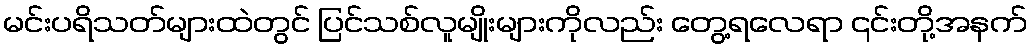
မင်းပရိသတ်များထဲတွင် ပြင်သစ်လူမျိုးများကိုလည်း တွေ့ရလေရာ ၎င်းတို့အနက်